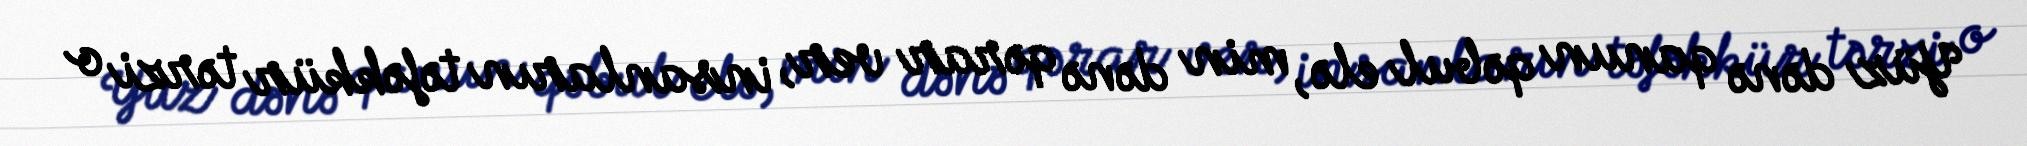
Yüz dənə qanun qəbul elə, min dənə qərar ver, insanların təfəkkür tərzi o